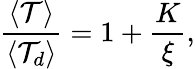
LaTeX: \frac{\langle\mathcal{T}\rangle}{\langle\mathcal{T}_{d}\rangle}=1+\frac{K}{\xi},